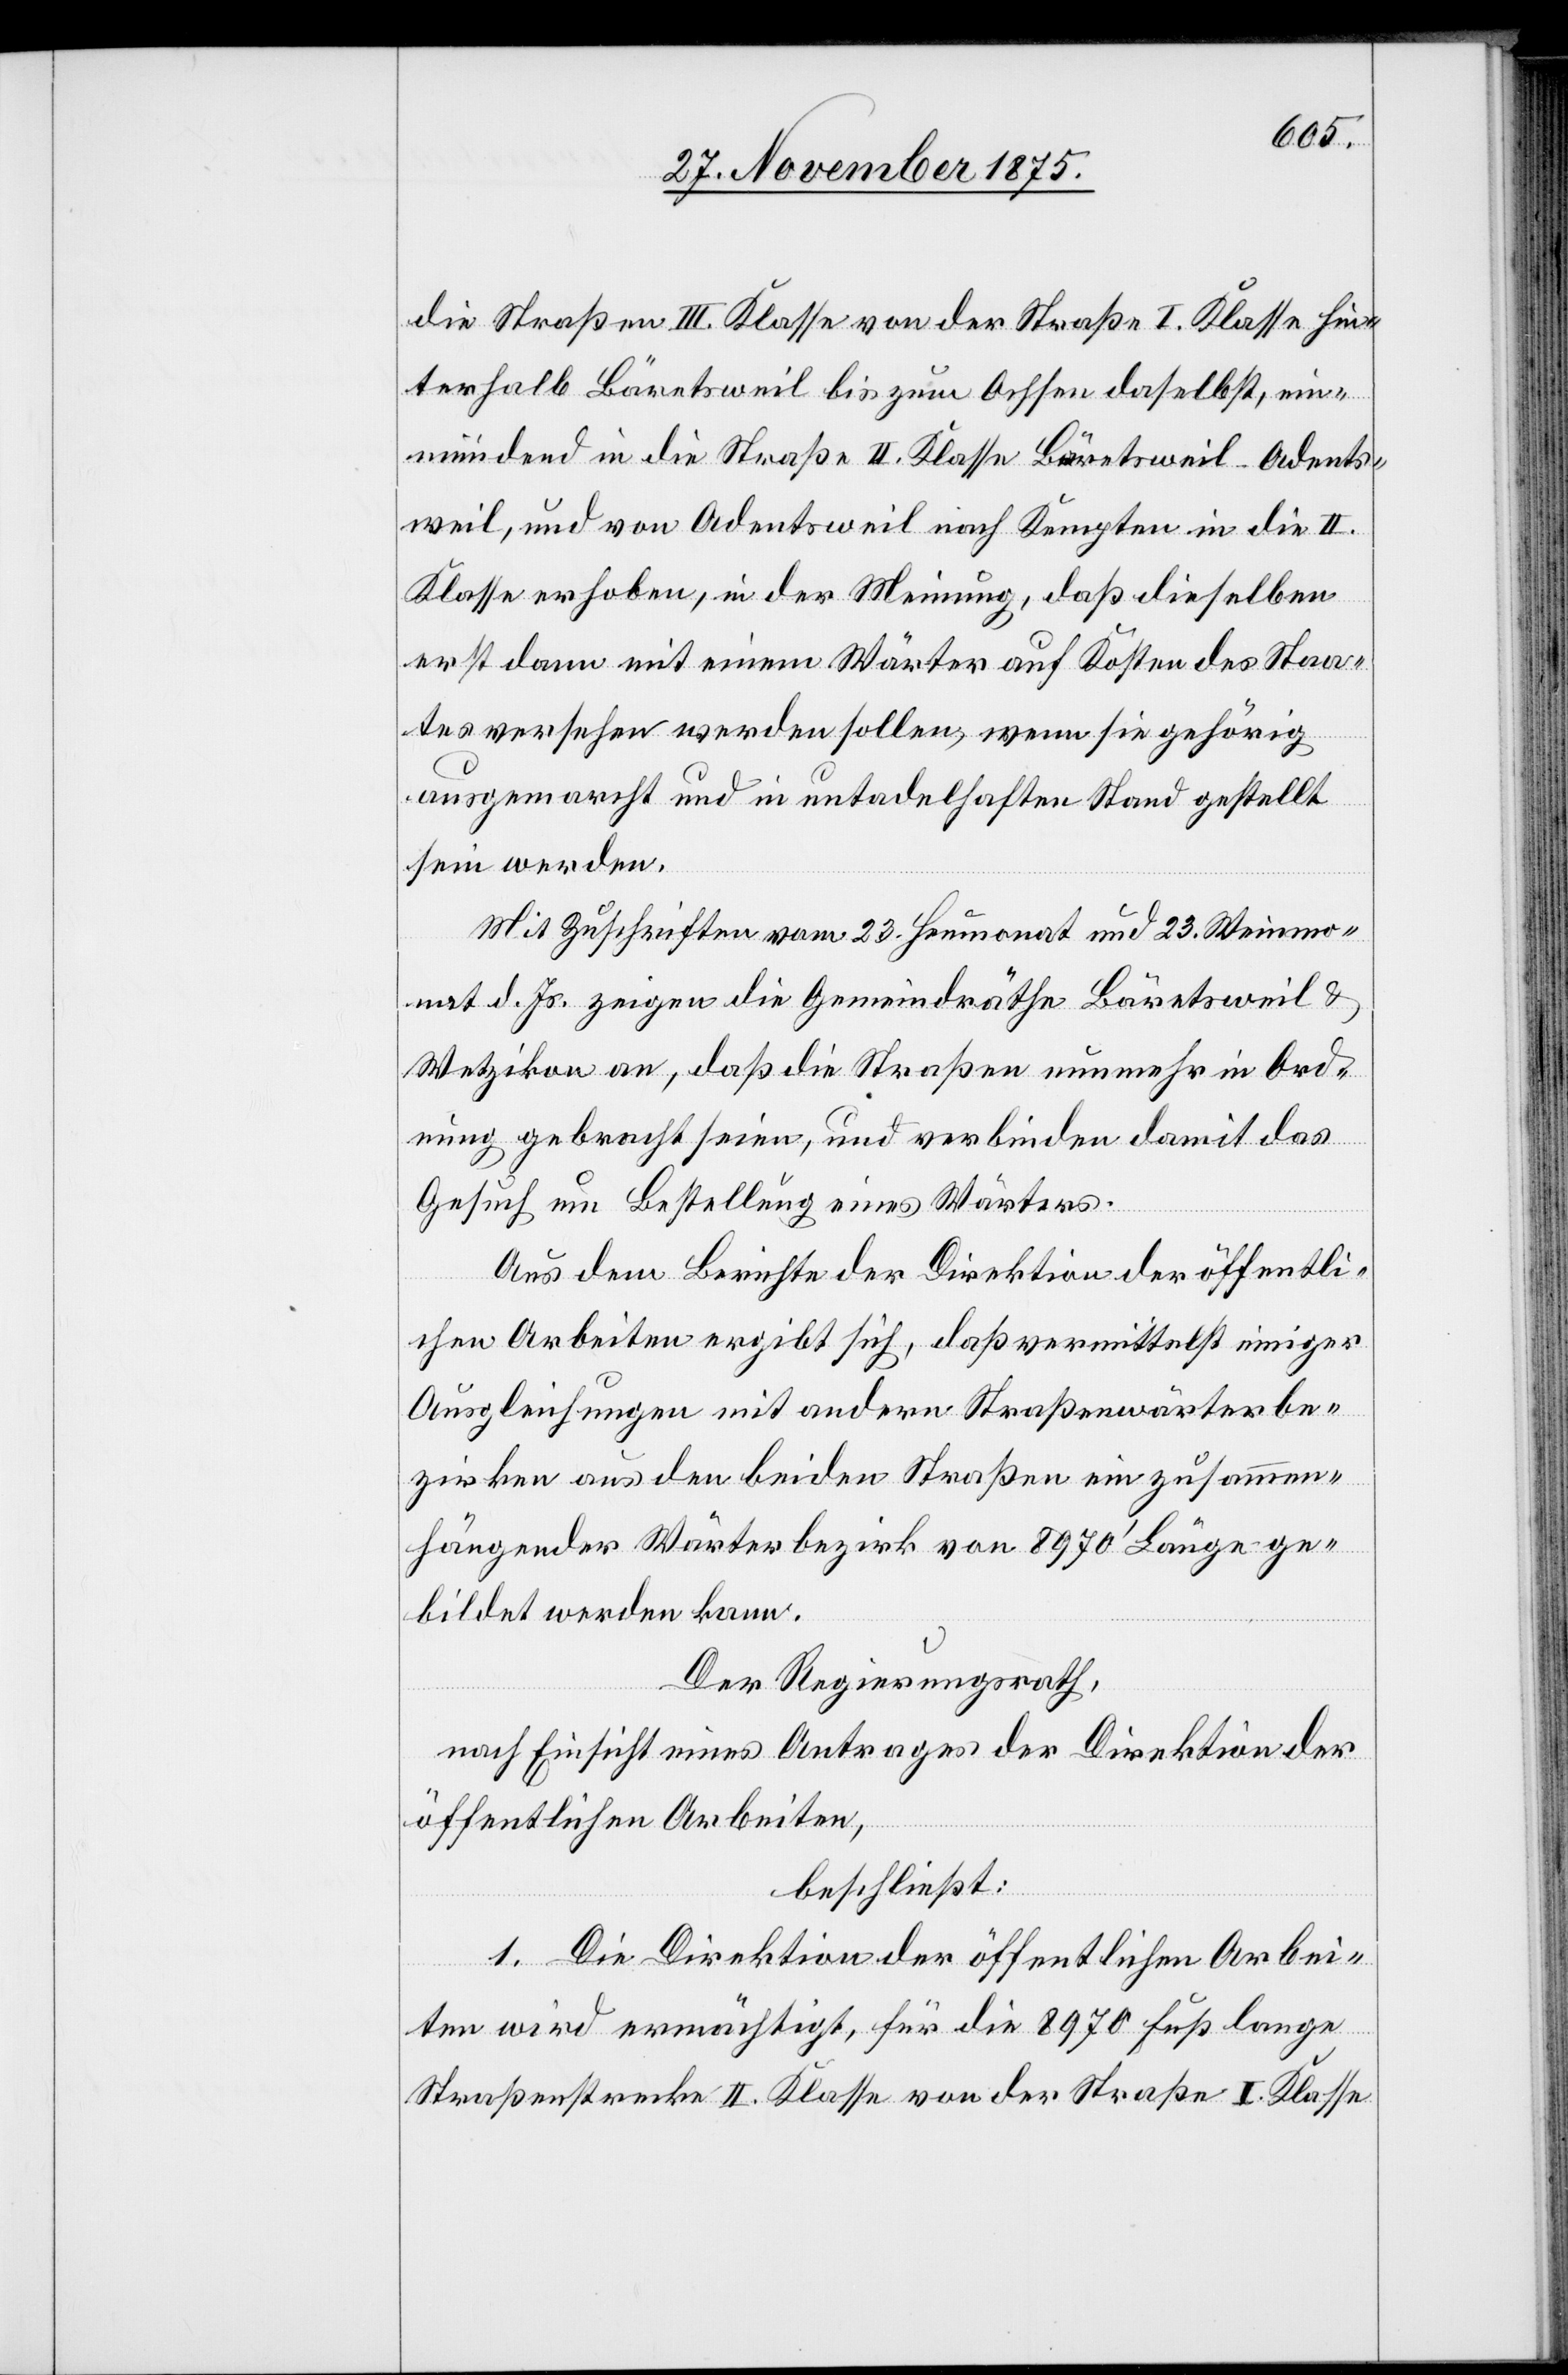
die Straßen III. Klasse von der Straße I. Klasse hin¬
terhalb Bäretsweil bis zum Ochsen daselbst, ein¬
mündend in die Straße II. Klasse Bäretsweil–Adents¬
Klasse erhoben, in der Meinung, daß dieselben
erst dann mit einem Wärter auf Kosten des Staa¬
tes versehen werden sollen, wenn sie gehörig
ausgemarcht und in untadelhaften Stand gestellt
sein werden.
Mit Zuschriften vom 23. Heumonat und 23. Weinmo¬
nat d. Js. zeigen die Gemeindräthe Bäretsweil &
Wetzikon an, daß die Straßen nunmehr in Ord¬
nung gebracht seien, und verbinden damit das
Gesuch um Bestellung eines Wärters.
in die
Aus dem Berichte der Direktion der öffentli¬
chen Arbeiten ergibt sich, daß vermittelst einiger
Ausgleichungen mit andern Straßenwärterbe¬
zirken aus den beiden Straßen ein zusammen¬
hängender Wärterbezirk von 8970‘ Länge ge¬
bildet werden kann.
Der Regierungsrath,
nach Einsicht eines Antrages der Direktion der
öffentlichen Arbeiten,
beschließt:
1. Die Direktion der öffentlichen Arbei¬
ten wird ermächtigt, für die 8970 Fuß lange
Straßenstrecke II. Klasse von der Straße I. Klasse